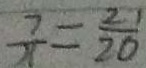
\frac { 7 } { 1 1 } = \frac { 2 1 } { 2 0 }